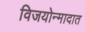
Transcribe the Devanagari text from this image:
विजयोन्मादात